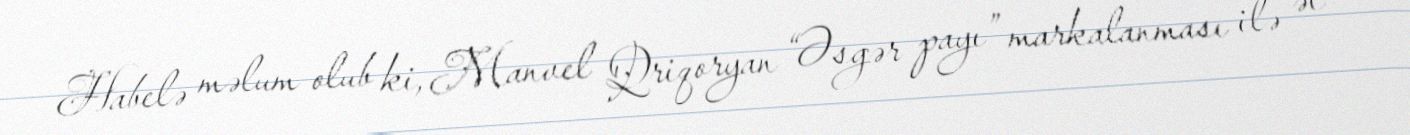
Habelə məlum olub ki, Manvel Qriqoryan “Əsgər payı” markalanması ilə ət